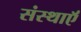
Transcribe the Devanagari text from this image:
संस्थाऍं